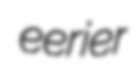
eerier